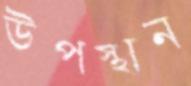
উপস্থান